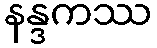
နန္ဒကဿ